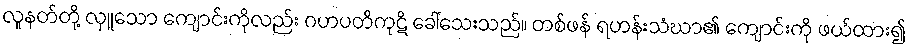
လူနတ်တို့ လှူသော ကျောင်းကိုလည်း ဂဟပတိကုဋိ ခေါ်သေးသည်။ တစ်ဖန် ရဟန်းသံဃာ၏ ကျောင်းကို ဖယ်ထား၍